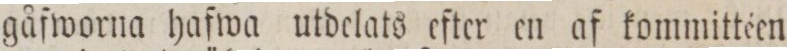
gåfworna hafwa utdelats efter en af kommittéen